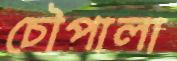
চৌপালা